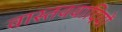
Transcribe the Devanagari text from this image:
वास्तववादियों